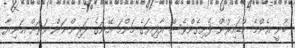
ބުނީ އެންމެ ކުޑައިރުން ފެށިގެންވެސް އާފިޔަގެ މަންމަ އޭނަގެ ދަރިންނަން ވަރަށް އަނިޔާ